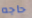
حاجه